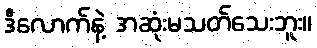
ဒီလောက်နဲ့ အဆုံးမသတ်သေးဘူး။